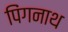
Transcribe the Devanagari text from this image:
पिंगनाथ